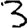
Digit: 3